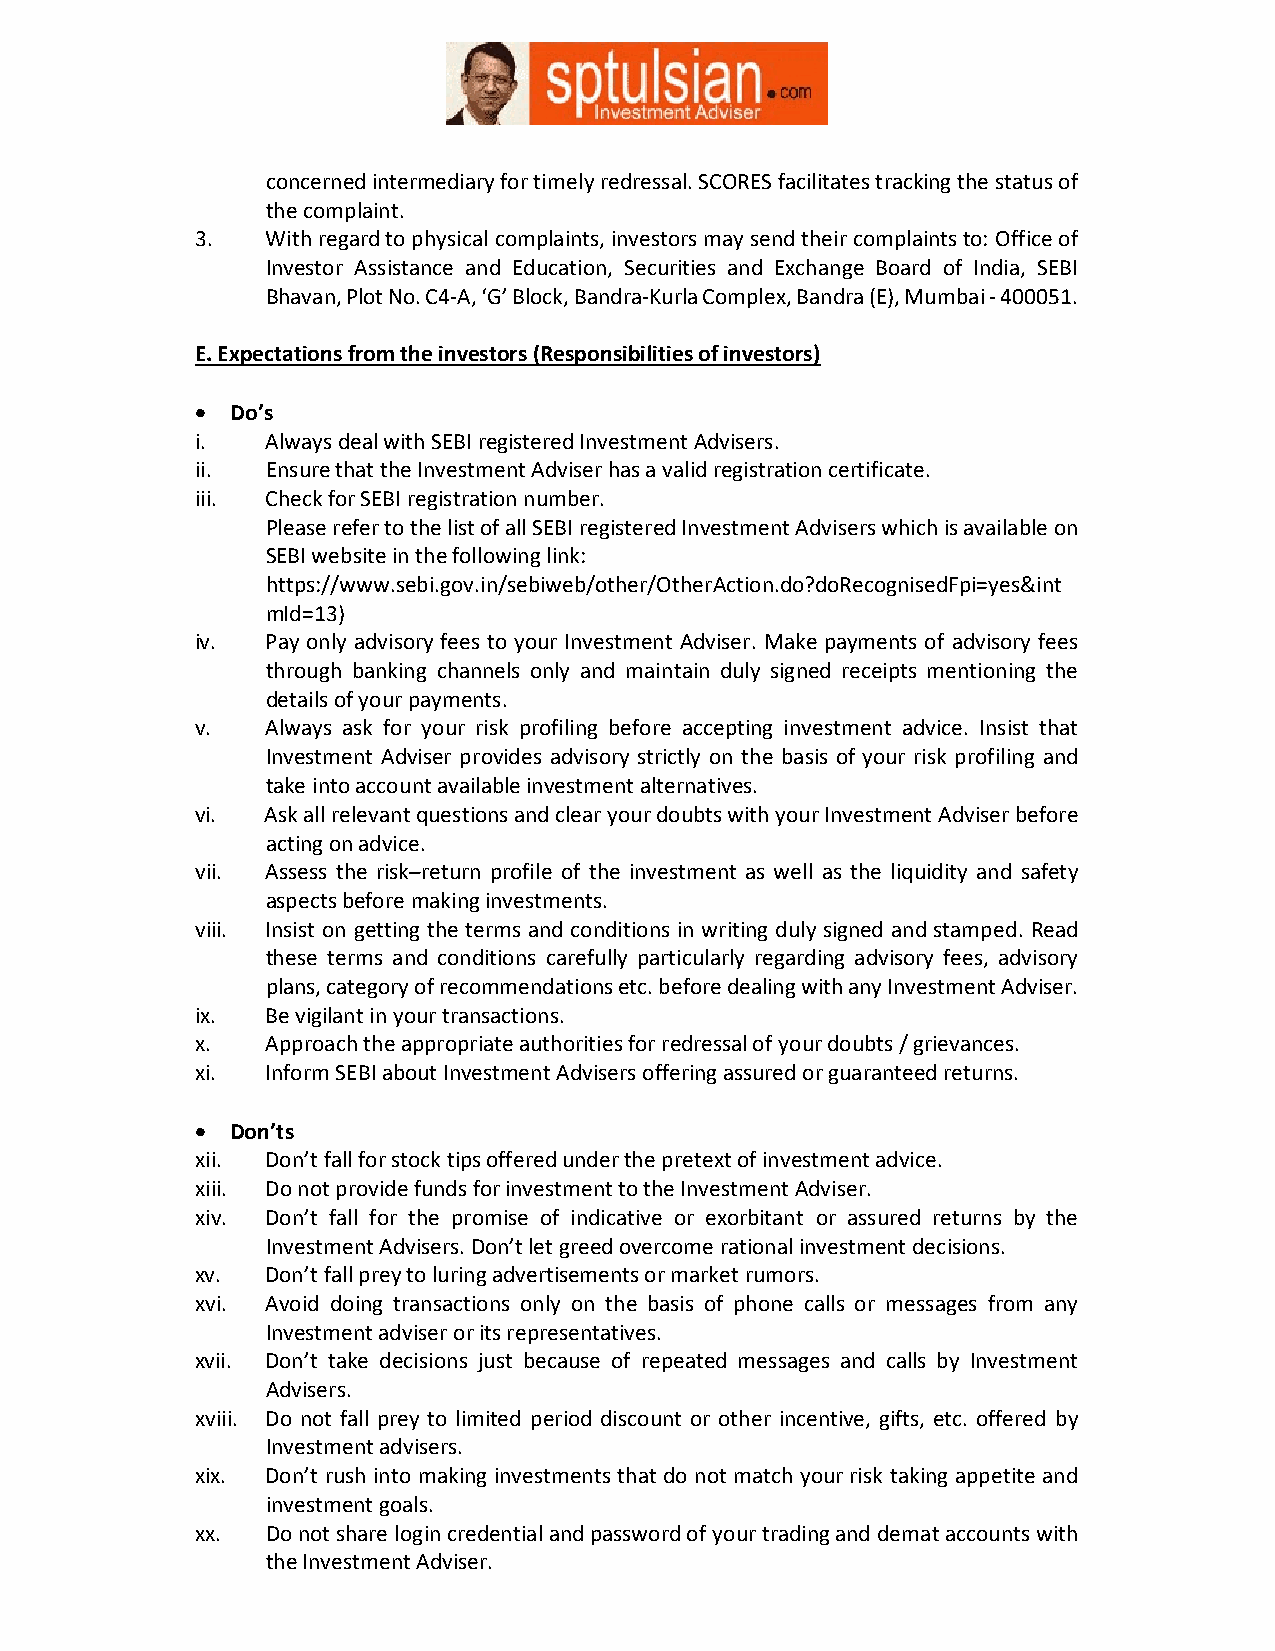
concerned intermediary for timely redressal. SCORES facilitates tracking the status of
 the complaint.
 3.   With regard to physical complaints, investors may send their complaints to: Office of
 Investor Assistance and Education, Securities and Exchange Board of India, SEBI
 Bhavan, Plot No. C4-A, ‘G’ Block, Bandra-Kurla Complex, Bandra (E), Mumbai - 400051.
 E. Expectations from the investors (Responsibilities of investors)
  Do’s
 i.   Always deal with SEBI registered Investment Advisers.
 ii.  Ensure that the Investment Adviser has a valid registration certificate.
 iii. Check for SEBI registration number.
 Please refer to the list of all SEBI registered Investment Advisers which is available on
 SEBI website in the following link:
 https://www.sebi.gov.in/sebiweb/other/OtherAction.do?doRecognisedFpi=yes&int
 mId=13)
 iv.  Pay only advisory fees to your Investment Adviser. Make payments of advisory fees
 through banking channels only and maintain duly signed receipts mentioning the
 details of your payments.
 v.   Always ask for your risk profiling before accepting investment advice. Insist that
 Investment Adviser provides advisory strictly on the basis of your risk profiling and
 take into account available investment alternatives.
 vi.  Ask all relevant questions and clear your doubts with your Investment Adviser before
 acting on advice.
 vii. Assess the risk–return profile of the investment as well as the liquidity and safety
 aspects before making investments.
 viii. Insist on getting the terms and conditions in writing duly signed and stamped. Read
 these terms and conditions carefully particularly regarding advisory fees, advisory
 plans, category of recommendations etc. before dealing with any Investment Adviser.
 ix.  Be vigilant in your transactions.
 x.   Approach the appropriate authorities for redressal of your doubts / grievances.
 xi.  Inform SEBI about Investment Advisers offering assured or guaranteed returns.
  Don’ts
 xii. Don’t fall for stock tips offered under the pretext of investment advice.
 xiii. Do not provide funds for investment to the Investment Adviser.
 xiv. Don’t fall for the promise of indicative or exorbitant or assured returns by the
 Investment Advisers. Don’t let greed overcome rational investment decisions.
 xv.  Don’t fall prey to luring advertisements or market rumors.
 xvi. Avoid doing transactions only on the basis of phone calls or messages from any
 Investment adviser or its representatives.
 xvii. Don’t take decisions just because of repeated messages and calls by Investment
 Advisers.
 xviii. Do not fall prey to limited period discount or other incentive, gifts, etc. offered by
 Investment advisers.
 xix. Don’t rush into making investments that do not match your risk taking appetite and
 investment goals.
 xx.  Do not share login credential and password of your trading and demat accounts with
 the Investment Adviser.